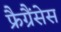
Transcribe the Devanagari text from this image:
फ्रैग्रैंसेस